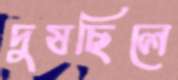
দুষছিলে